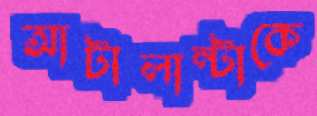
আটালান্টাকে